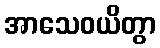
အာသေဝယိတွာ